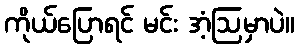
ကိုယ်ပြောရင် မင်း အံ့ဩမှာပဲ။